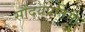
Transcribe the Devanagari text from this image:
सौंदर्यप्रतिमा